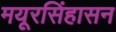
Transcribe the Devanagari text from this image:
मयूरसिंहासन